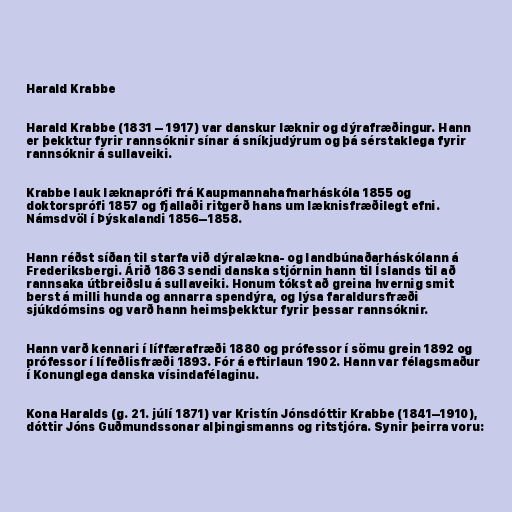
Harald Krabbe

Harald Krabbe (1831 – 1917) var danskur læknir og dýrafræðingur. Hann
er þekktur fyrir rannsóknir sínar á sníkjudýrum og þá sérstaklega fyrir
rannsóknir á sullaveiki.

Krabbe lauk læknaprófi frá Kaupmannahafnarháskóla 1855 og
doktorsprófi 1857 og fjallaði ritgerð hans um læknisfræðilegt efni.
Námsdvöl í Þýskalandi 1856–1858.

Hann réðst síðan til starfa við dýralækna- og landbúnaðarháskólann á
Frederiksbergi. Árið 1863 sendi danska stjórnin hann til Íslands til að
rannsaka útbreiðslu á sullaveiki. Honum tókst að greina hvernig smit
berst á milli hunda og annarra spendýra, og lýsa faraldursfræði
sjúkdómsins og varð hann heimsþekktur fyrir þessar rannsóknir.

Hann varð kennari í líffærafræði 1880 og prófessor í sömu grein 1892 og
prófessor í lífeðlisfræði 1893. Fór á eftirlaun 1902. Hann var félagsmaður
í Konunglega danska vísindafélaginu.

Kona Haralds (g. 21. júlí 1871) var Kristín Jónsdóttir Krabbe (1841–1910),
dóttir Jóns Guðmundssonar alþingismanns og ritstjóra. Synir þeirra voru: